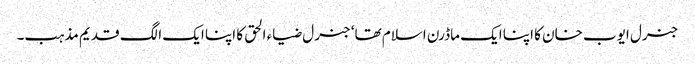
جنرل ایوب خان کا اپنا ایک ماڈرن اسلام تھا‘ جنرل ضیاء الحق کا اپنا ایک الگ قدیم مذہب۔